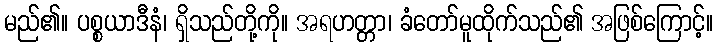
မည်၏။ ပစ္စယာဒီနံ၊ ရှိသည်တို့ကို။ အရဟတ္တာ၊ ခံတော်မူထိုက်သည်၏ အဖြစ်ကြောင့်။